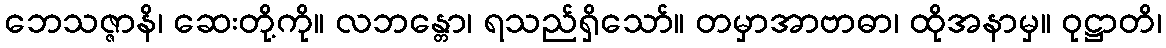
ဘေသဇ္ဇာနိ၊ ဆေးတို့ကို။ လဘန္တော၊ ရသည်ရှိသော်။ တမှာအာဗာဓာ၊ ထိုအနာမှ။ ဝုဋ္ဌာတိ၊